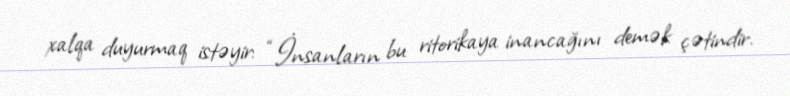
xalqa duyurmaq istəyir: “İnsanların bu ritorikaya inancağını demək çətindir.